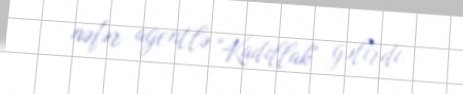
nəfər agentlə "Kadillak" gəlirdi.